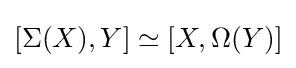
[\Sigma (X),Y]\simeq [X,\Omega (Y)]